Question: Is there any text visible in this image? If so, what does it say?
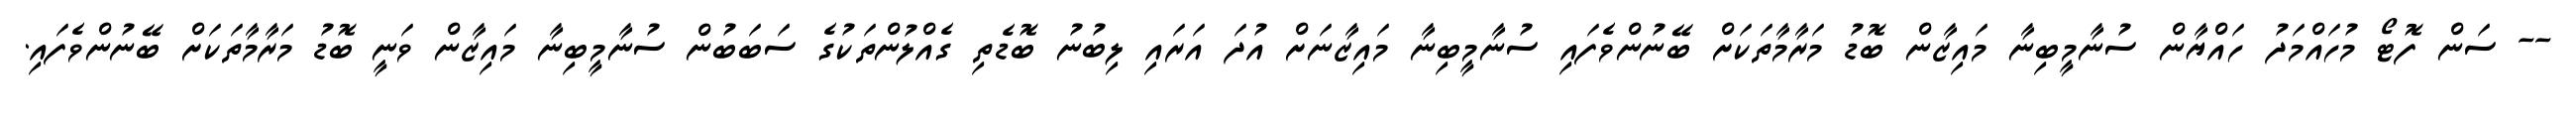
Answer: -- ސަން ފޮޓޯ މުހައްމަދު ހައްޔާން ސުނާމީބިނާ މައިޒާން ބޮޑު މަރާމާތަކަށް ބޭނުންވެފައި ސުނާމީބިނާ މައިޒާނަށް އުދަ އަރައި ލިބުނު ބޮޑެތި ގެއްލުންތަކުގެ ސަބަބުން ސުނާމީބިނާ މައިޒާން ވަނީ ބޮޑު މަރާމާތަކަށް ބޭނުންވެފައި.